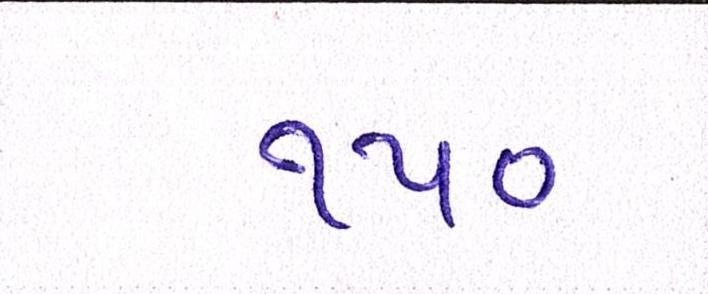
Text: ૧૫૦